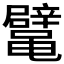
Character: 𱌉